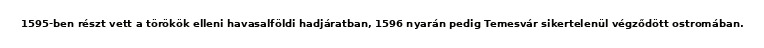
1595-ben részt vett a törökök elleni havasalföldi hadjáratban, 1596 nyarán pedig Temesvár sikertelenül végződött ostromában.